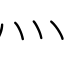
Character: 灬